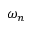
\omega _ { n }